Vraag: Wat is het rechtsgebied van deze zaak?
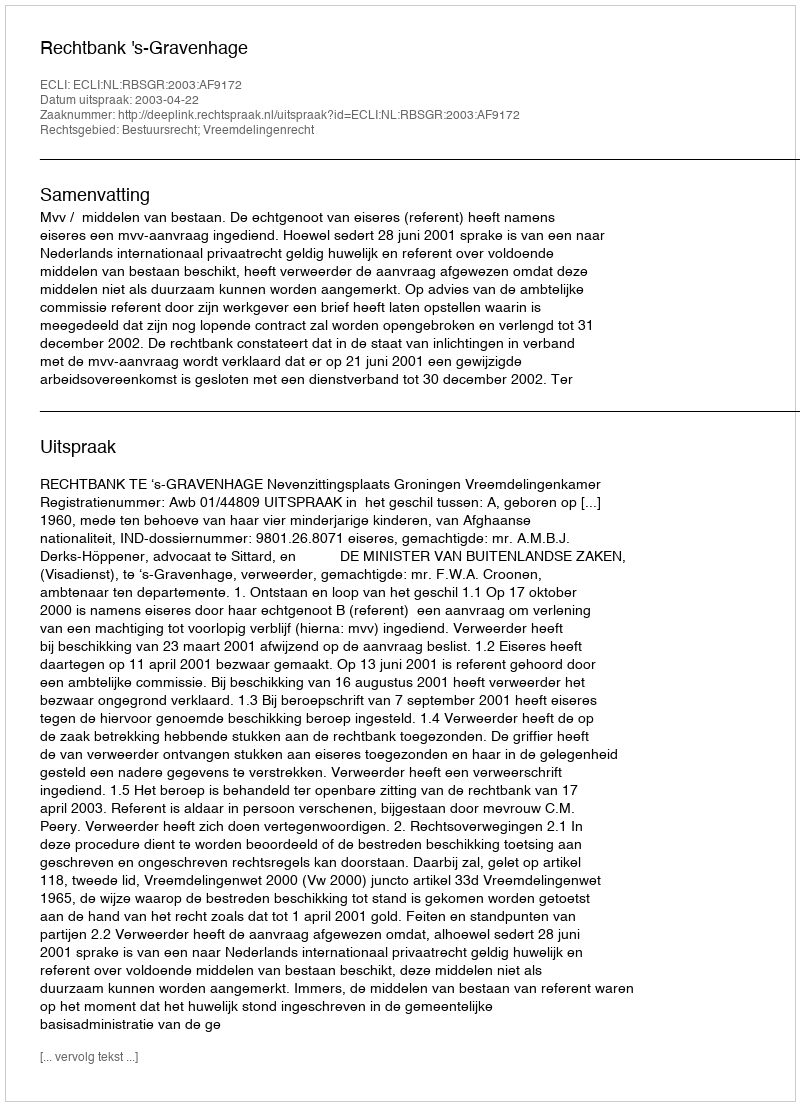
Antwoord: Bestuursrecht; Vreemdelingenrecht